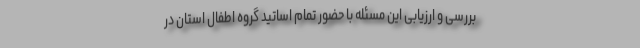
بررسی و ارزیابی این مسئله با حضور تمام اساتید گروه اطفال استان در